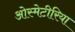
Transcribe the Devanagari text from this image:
ओस्मेटीरिया